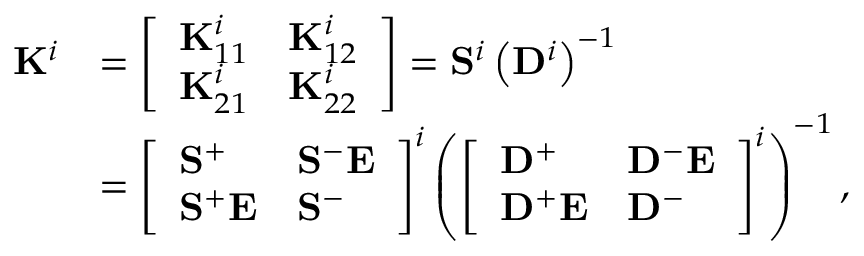
\begin{array} { r l r } { \mathbf { K } ^ { i } } & { = \left[ \begin{array} { l l } { \mathbf { K } _ { 1 1 } ^ { i } } & { \mathbf { K } _ { 1 2 } ^ { i } } \\ { \mathbf { K } _ { 2 1 } ^ { i } } & { \mathbf { K } _ { 2 2 } ^ { i } } \end{array} \right] = \mathbf { S } ^ { i } \left( \mathbf { D } ^ { i } \right) ^ { - 1 } } & \\ & { = \left[ \begin{array} { l l } { \mathbf { S } ^ { + } } & { \mathbf { S } ^ { - } \mathbf { E } } \\ { \mathbf { S } ^ { + } \mathbf { E } } & { \mathbf { S } ^ { - } } \end{array} \right] ^ { i } \left( \left[ \begin{array} { l l } { \mathbf { D } ^ { + } } & { \mathbf { D } ^ { - } \mathbf { E } } \\ { \mathbf { D } ^ { + } \mathbf { E } } & { \mathbf { D } ^ { - } } \end{array} \right] ^ { i } \right) ^ { - 1 } , } \end{array}